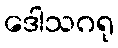
ဒေါသဂရု